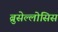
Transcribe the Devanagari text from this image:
ब्रुसेल्लोसिस